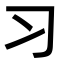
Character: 习